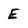
Character: E